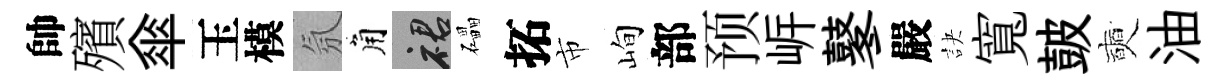
帥殯傘玉模氛角裙礧拓市峋部预㟁鼕嚴訣寬皷奭油